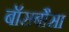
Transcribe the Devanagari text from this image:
बॉसबौसा